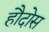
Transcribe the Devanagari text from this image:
हौदोस